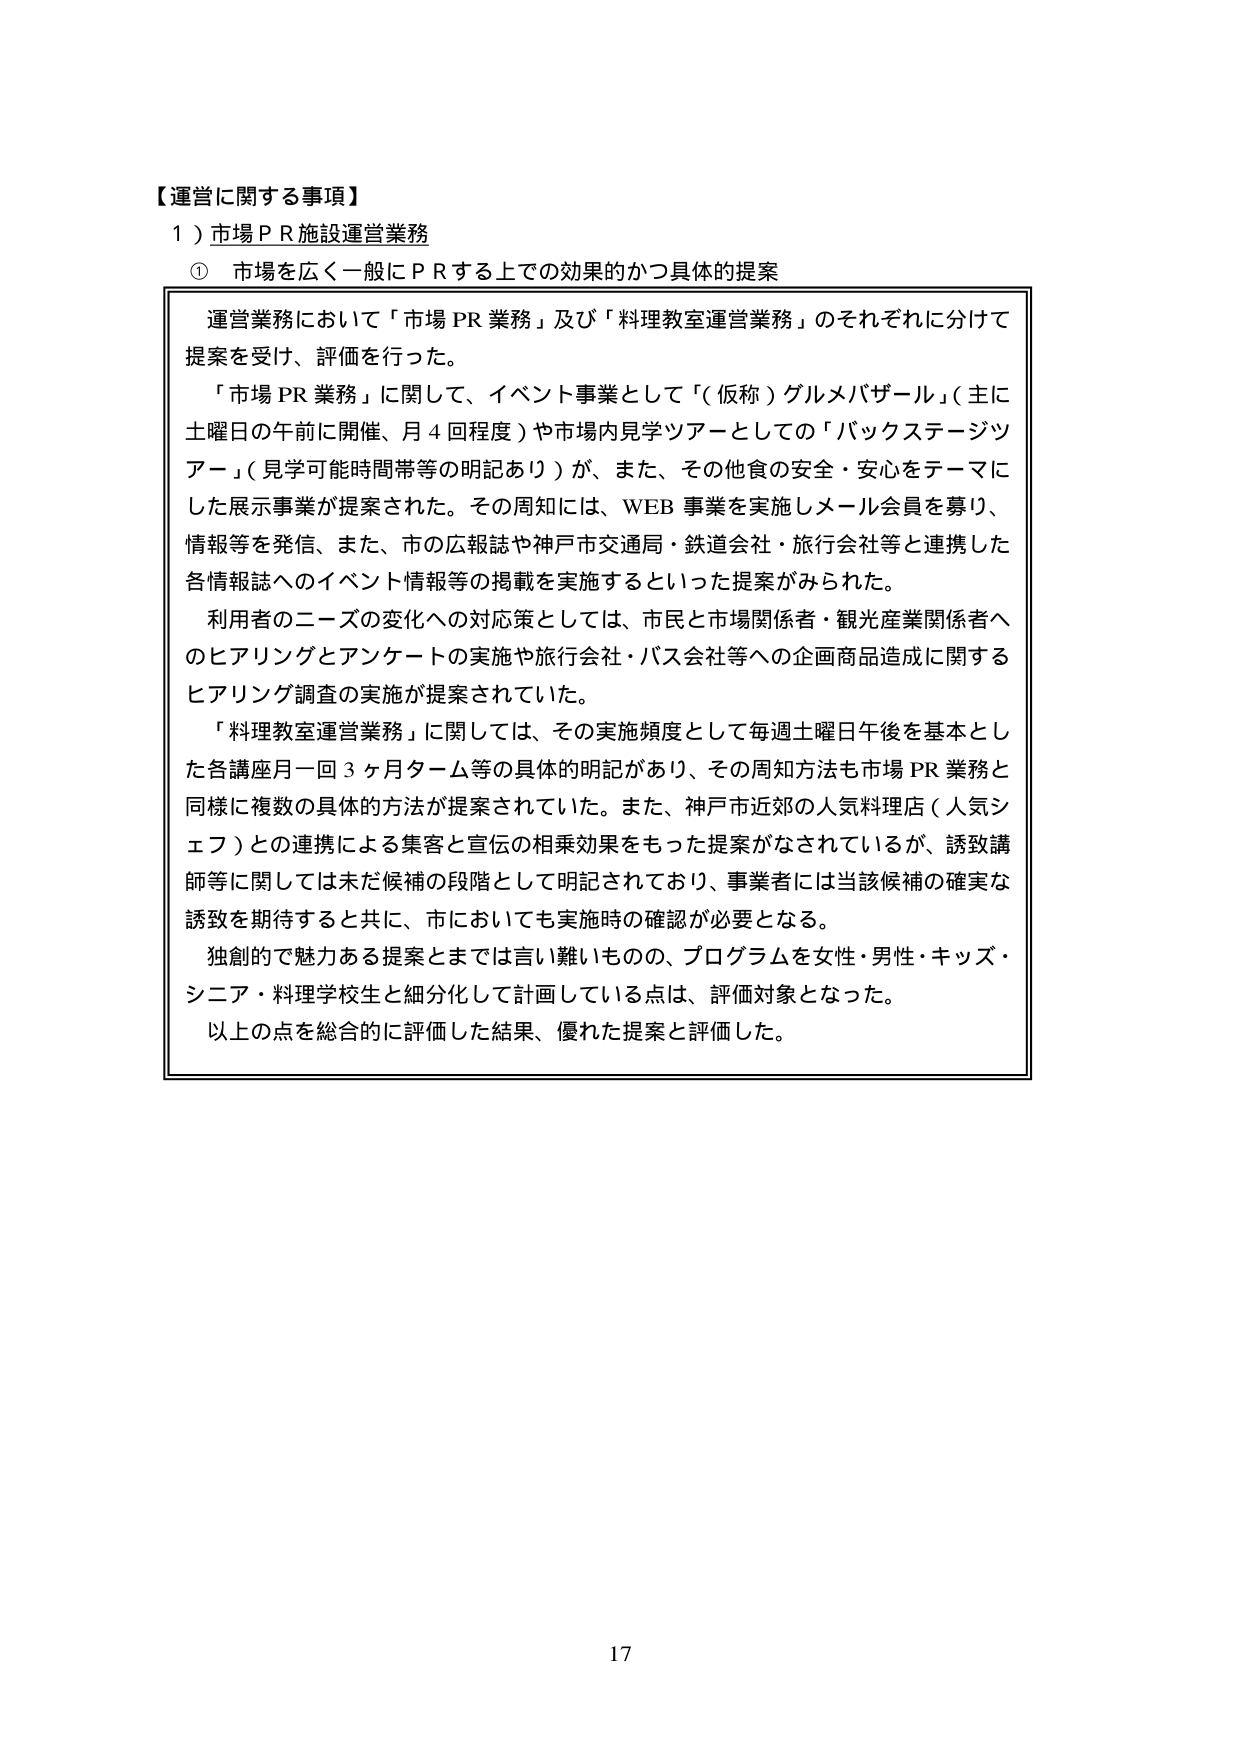
【運営に関する事項】
１）市場ＰＲ施設運営業務
　① 市場を広く一般にＰＲする上での効果的かつ具体的提案

　運営業務において「市場PR業務」及び「料理教室運営業務」のそれぞれに分けて提案を受け、評価を行った。
　「市場PR業務」に関して、イベント事業として「（仮称）グルメバザール」（主に土曜日の午前に開催、月４回程度）や市場内見学ツアーとしての「バックステージツアー」（見学可能時間帯等の明記あり）が、また、その他食の安全・安心をテーマにした展示事業が提案された。その周知には、WEB事業を実施しメール会員を募り、情報等を発信、また、市の広報誌や神戸市交通局・鉄道会社・旅行会社等と連携した各情報誌へのイベント情報等の掲載を実施するといった提案がみられた。
　利用者のニーズの変化への対応策としては、市民と市場関係者・観光産業関係者へのヒアリングとアンケートの実施や旅行会社・バス会社等への企画商品造成に関するヒアリング調査の実施が提案されていた。
　「料理教室運営業務」に関しては、その実施頻度として毎週土曜日午後を基本とした各講座月一回３ヶ月ターム等の具体的明記があり、その周知方法も市場PR業務と同様に複数の具体的方法が提案されていた。また、神戸市近郊の人気料理店（人気シェフ）との連携による集客と宣伝の相乗効果をもった提案がなされているが、誘致講師等に関しては未だ候補の段階として明記されており、事業者には当該候補の確実な誘致を期待すると共に、市においても実施時の確認が必要となる。
　独創的で魅力ある提案とまでは言い難いものの、プログラムを女性・男性・キッズ・シニア・料理学校生と細分化して計画している点は、評価対象となった。
　以上の点を総合的に評価した結果、優れた提案と評価した。

17